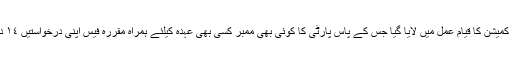
نئی قیادت کے چناؤ کے لئے الیکشن کمیشن کا قیام عمل میں لایا گیا جس کے پاس پارٹی کا کوئی بھی ممبر کسی بھی عہدہ کیلئے ہمراہ مقررہ فیس اپنی درخواستیں ١٤ دسمبر ٢٠١٥ تک جمع کرواسکتا ہے۔